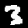
Digit: 3